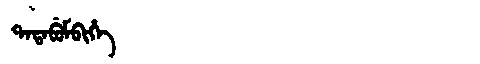
Manchu: ᡨᠠᡨᠠᠪᡠᠮᠪᡳᡥᡝ
Romanization: TATABUMBIHE